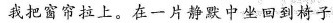
我把窗帘拉上。在一片静默中坐回椅子